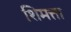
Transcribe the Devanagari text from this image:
शिमत्ता